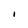
Character: I